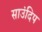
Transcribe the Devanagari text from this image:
साउंदिप